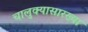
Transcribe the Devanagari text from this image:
चालुक्यासारख्या